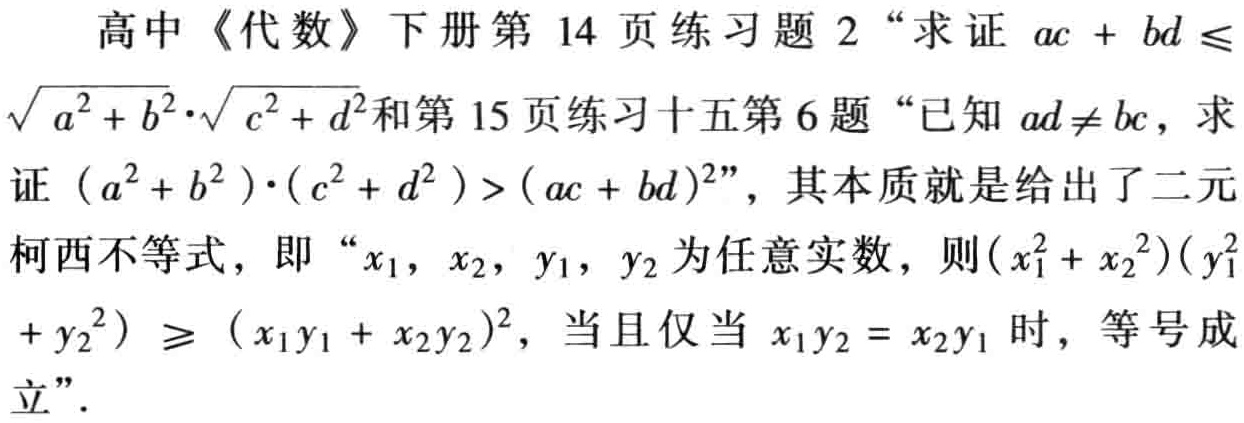
高中《代数》下册第 14 页练习题 2 “求证 \(ac + bd \leq \sqrt{a^{2}+b^{2}}\cdot\sqrt{c^{2}+d^{2}}\)和第 15 页练习十五第 6 题“已知 \(ad\neq bc\)，求证 \((a^{2}+b^{2})\cdot(c^{2}+d^{2})>(ac + bd)^{2}\)”，其本质就是给出了二元柯西不等式，即“\(x_{1},x_{2},y_{1},y_{2}\)为任意实数，则\((x_{1}^{2}+x_{2}^{2})(y_{1}^{2}+y_{2}^{2})\geq(x_{1}y_{1}+x_{2}y_{2})^{2}\)，当且仅当 \(x_{1}y_{2}=x_{2}y_{1}\) 时，等号成立”。